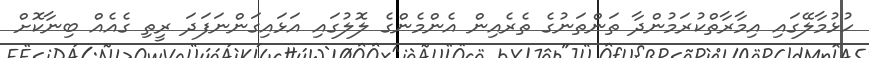
ހުޅުމާލޭގައި އިމާރާތްކުރަމުންދާ ތަންތަނުގެ ތެރެއިން އެންމެންގެ ލޮލުގައި އަޅައިގަންނަފަދަ ރީތި ގެއެއް ބިނާކޮށް